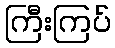
ကြီးကြပ်